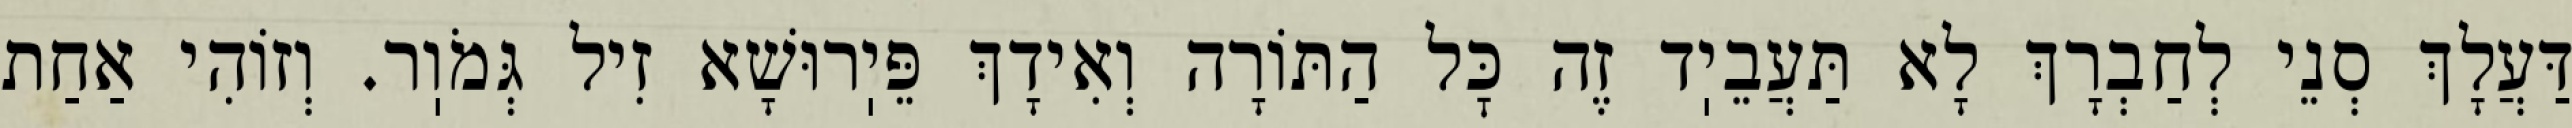
דַּעֲלָךְ סְנֵי לְחַבְרָךְ לָא תַּעֲבֵיֽד זֶה כׇּל הַתּוֹרָה וְאִידָךְ פֵּיֽרוּשָׁא זִיל גְּמֹוֽר. וְזוֹהִי אַחַת